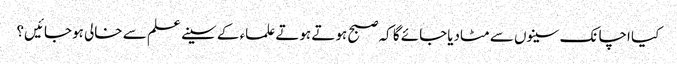
کیا اچانک سینوں سے مٹادیاجائے گا کہ صبح ہوتے ہوتے علماء کے سینے علم سے خالی ہوجائیں؟